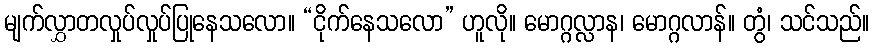
မျက်လွှာတလှုပ်လှုပ်ပြုနေသလော။ “ငိုက်နေသလော” ဟူလို။ မောဂ္ဂလ္လာန၊ မောဂ္ဂလာန်။ တွံ၊ သင်သည်။